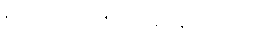
၅၃။ လူဦးရေ ၅၄ သန်းခန့် ရှိသည်။